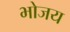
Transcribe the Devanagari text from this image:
भोजय